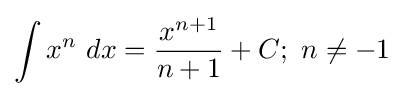
\int x^{n}\ dx={\frac {x^{n+1}}{n+1}}+C;\ n\neq -1